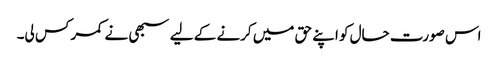
اس صورت حال کو اپنے حق میں کرنے کے لیے سبھی نے کمر کس لی۔